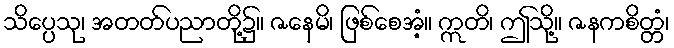
သိပ္ပေသု၊ အတတ်ပညာတို့၌။ ဇနေမိ၊ ဖြစ်စေအံ့။ ဣတိ၊ ဤသို့။ ဇနကစိတ္တံ၊